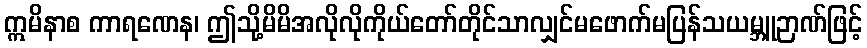
ဣမိနာစ ကာရဏေန၊ ဤသို့မိမိအလိုလိုကိုယ်တော်တိုင်သာလျှင်မဖောက်မပြန်သယမ္ဘူဉာဏ်ဖြင့်